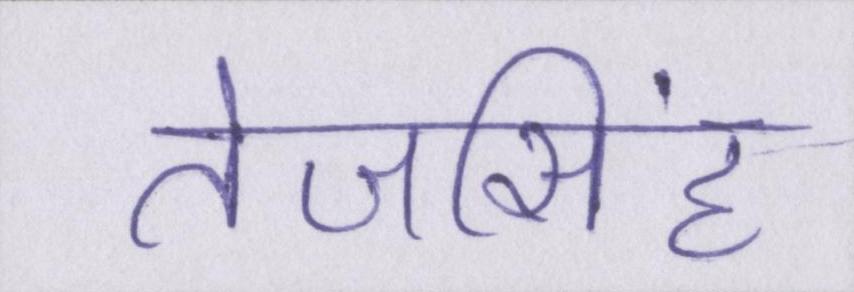
तेजसिंह